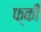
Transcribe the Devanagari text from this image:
फ्की